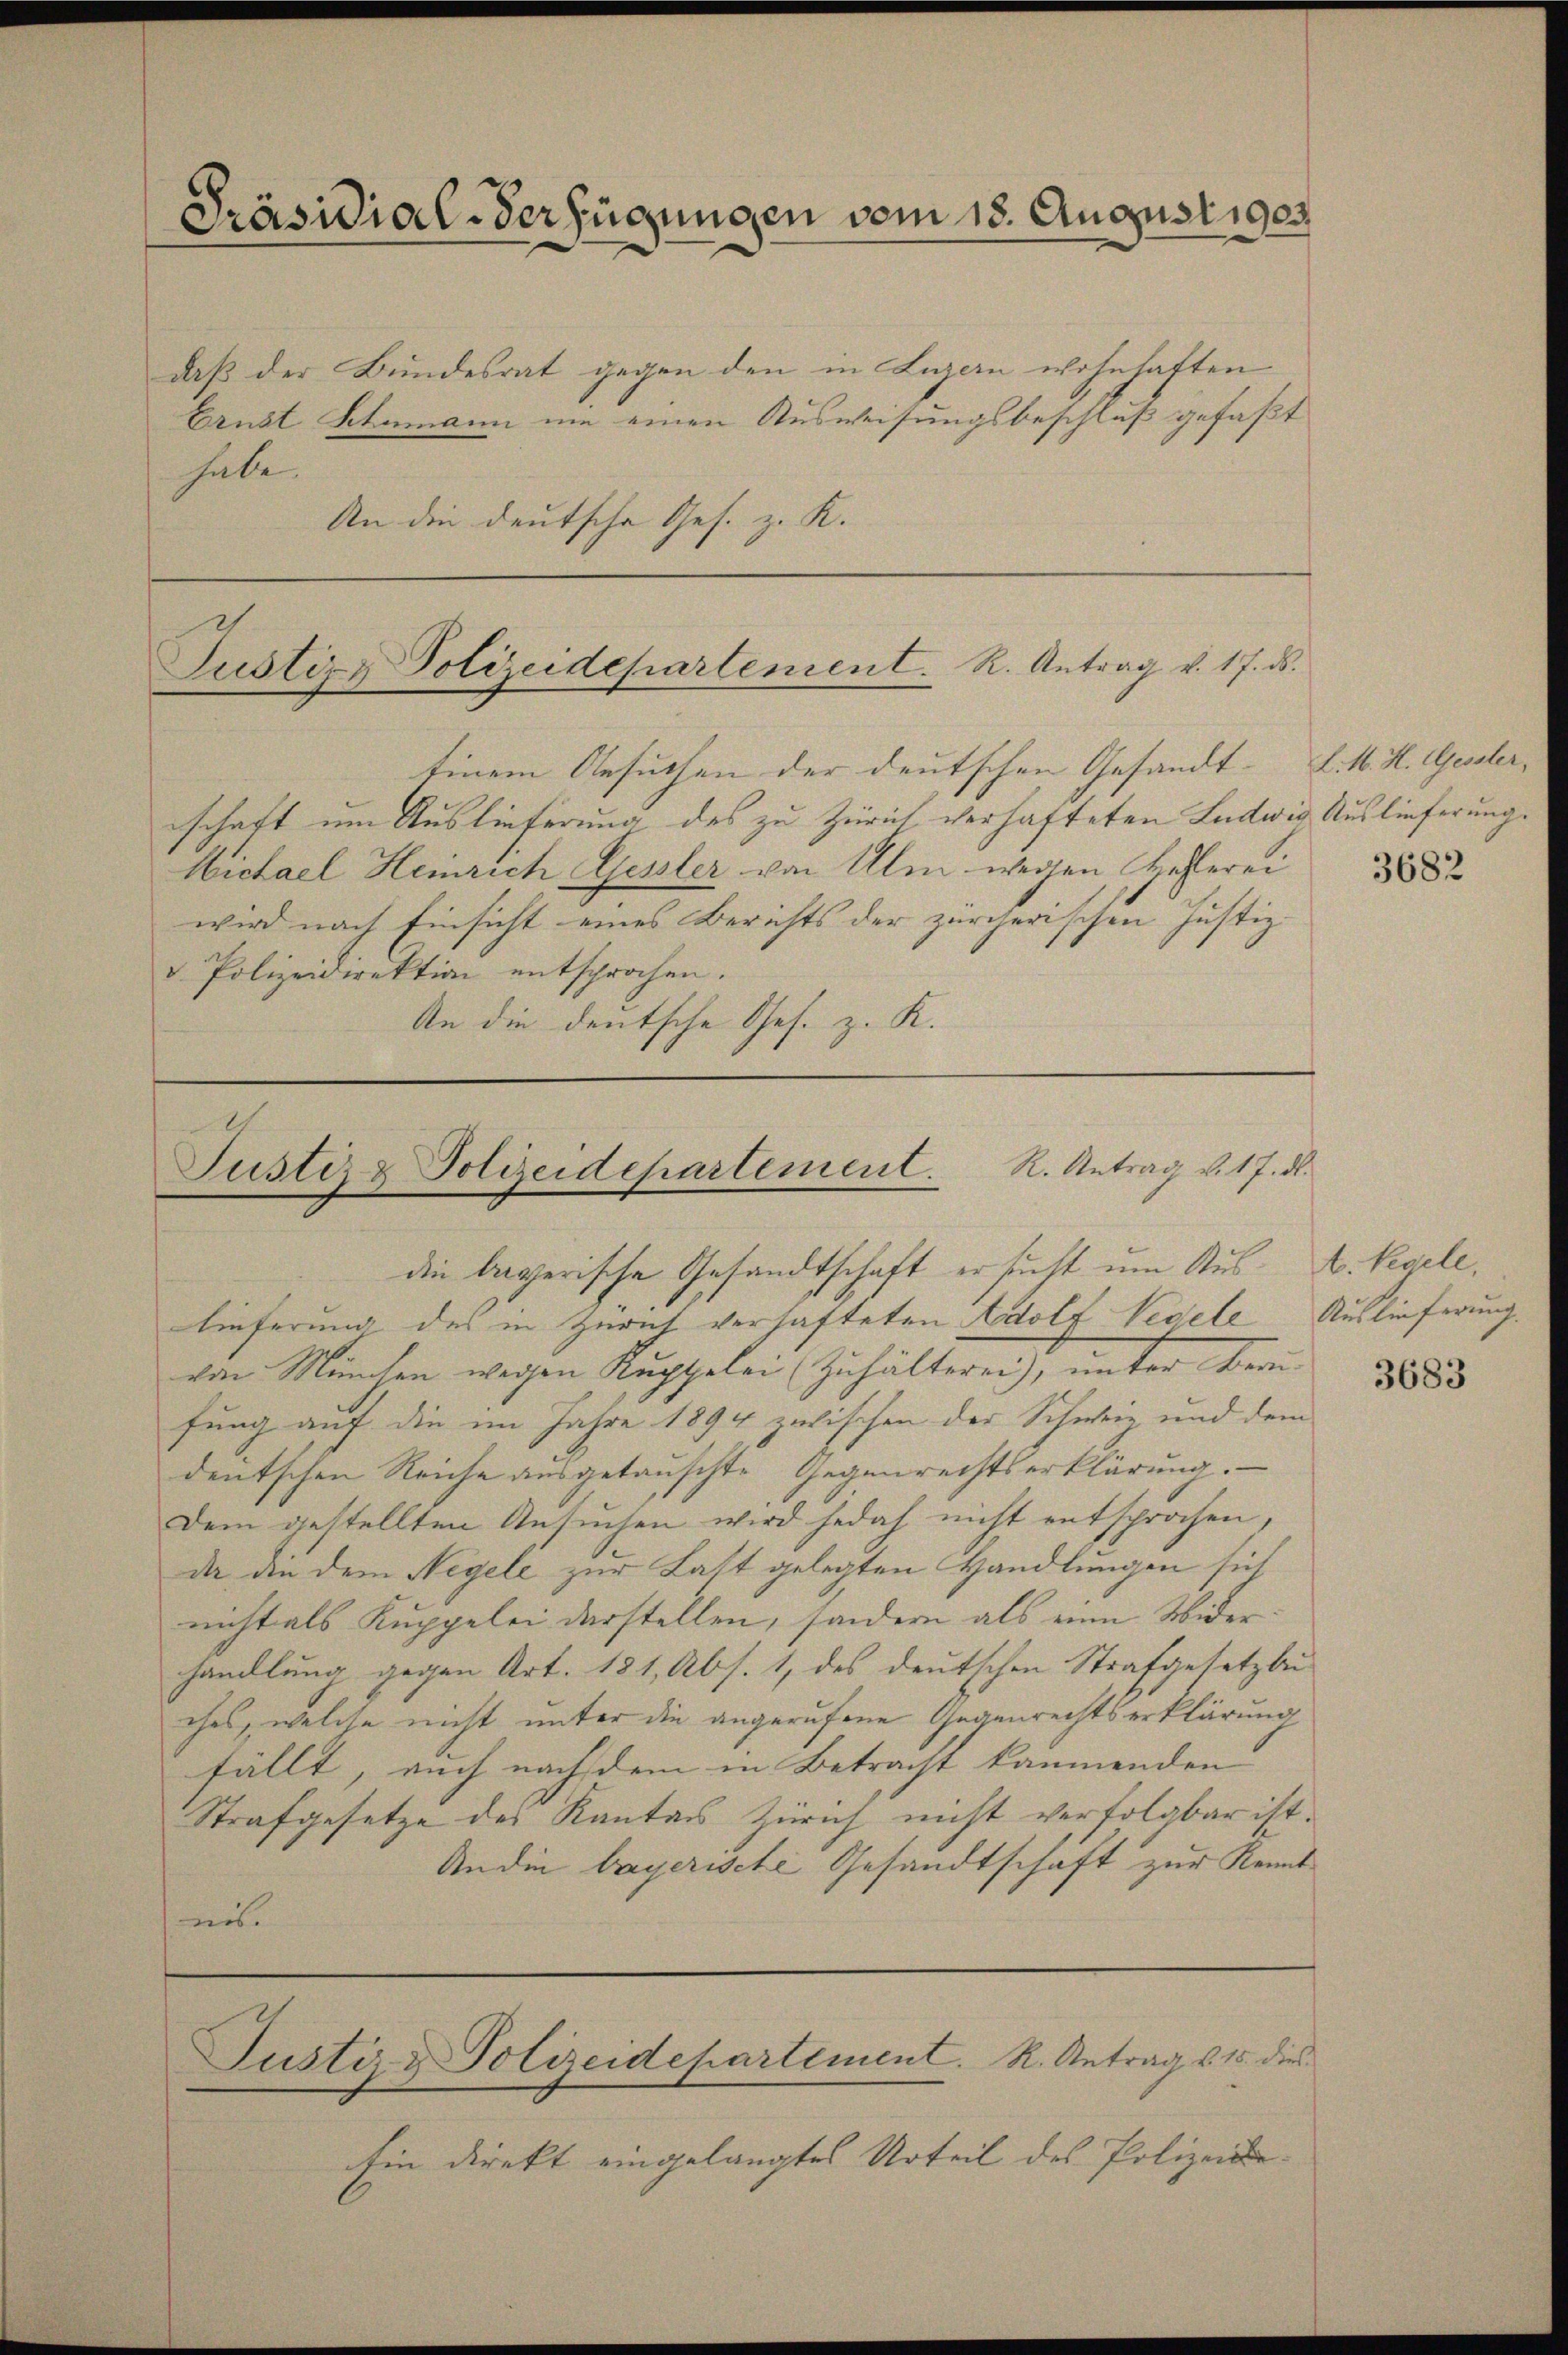
Präsidial-Verfügungen vom 18. August 1903

daß der Bundesrat gegen den in Luzern wohnhaften
Crust Schumann um einen Ausweisungsbeschluß gefaßt
habe.
An die deutsche Ges. z. K.

Justiz & Polizeidepartement. R. Antrag v. 17. ds.

Einem Gesuchen der deutschen Gesandt- L. K. H. Gessler,
schaft um Auslieferung des zu Zürich verhafteten Ludwig Auslieferung.
Michael Heinrich Gessler von Ulm wegen Hehlerei
wird nach Einsicht eines Berichts der zürcherischen Justiz
v. Polizeidirektion entsprochen.
An die deutsche Ges. z. K.

Justiz & Polizeidepartement. R. Antrag v. 17. d.
die legerische Gesandtschaft ersucht um Aus- A. Regele

lieferung des in Zürich verhafteten Adolf Pedele Auslieferung.
von München wegen Kuppelei (Zuhälterei), unter Berufung auf die im Jahre 1894 zwischen der Schwie und dem
deutschen Reiche ausgetauschte Gegenrechtserklärung.
Dem gestellten Ansuchen wird jedoch nicht entsprochen,
da die dem Negele zur Latt gelegten Handlungen sich
nicht als Kuppelei darstellen, sondern als eine Widerhandlung gegen Art. 131, Abs. 1, des deutschen Strafgesetzbu
ches, welche nicht unter die angerufene Gegenrechtserklärung
fällt, auch nachdem in Betracht kammenden
Strafgesetze des Kantons Zürich nicht verfolgbar ist.
An die bayerische Gesandtschaft zur Kenntnis.

Justiz & Polizeidepartement. R. Antrag u. 15. dies

Ein direkt eingelangtes Urteil des Polizeide-

3682

3683